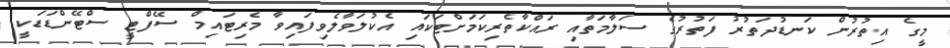
މީގެ އިތުރުން ކަނޑުދަތުރު ފަތުރުގެ ސަލާމަތާއި ރައްކާތެރިކަމަށްޓަކައި އެކުލަވާލެވިފައިވާ މެރިޓައިމް ސޭފްޓީ ސްޓޭންޑަޑަކީ